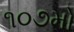
૧૦૭મો